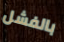
بالفشل